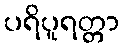
ပရိပူရတ္တာ